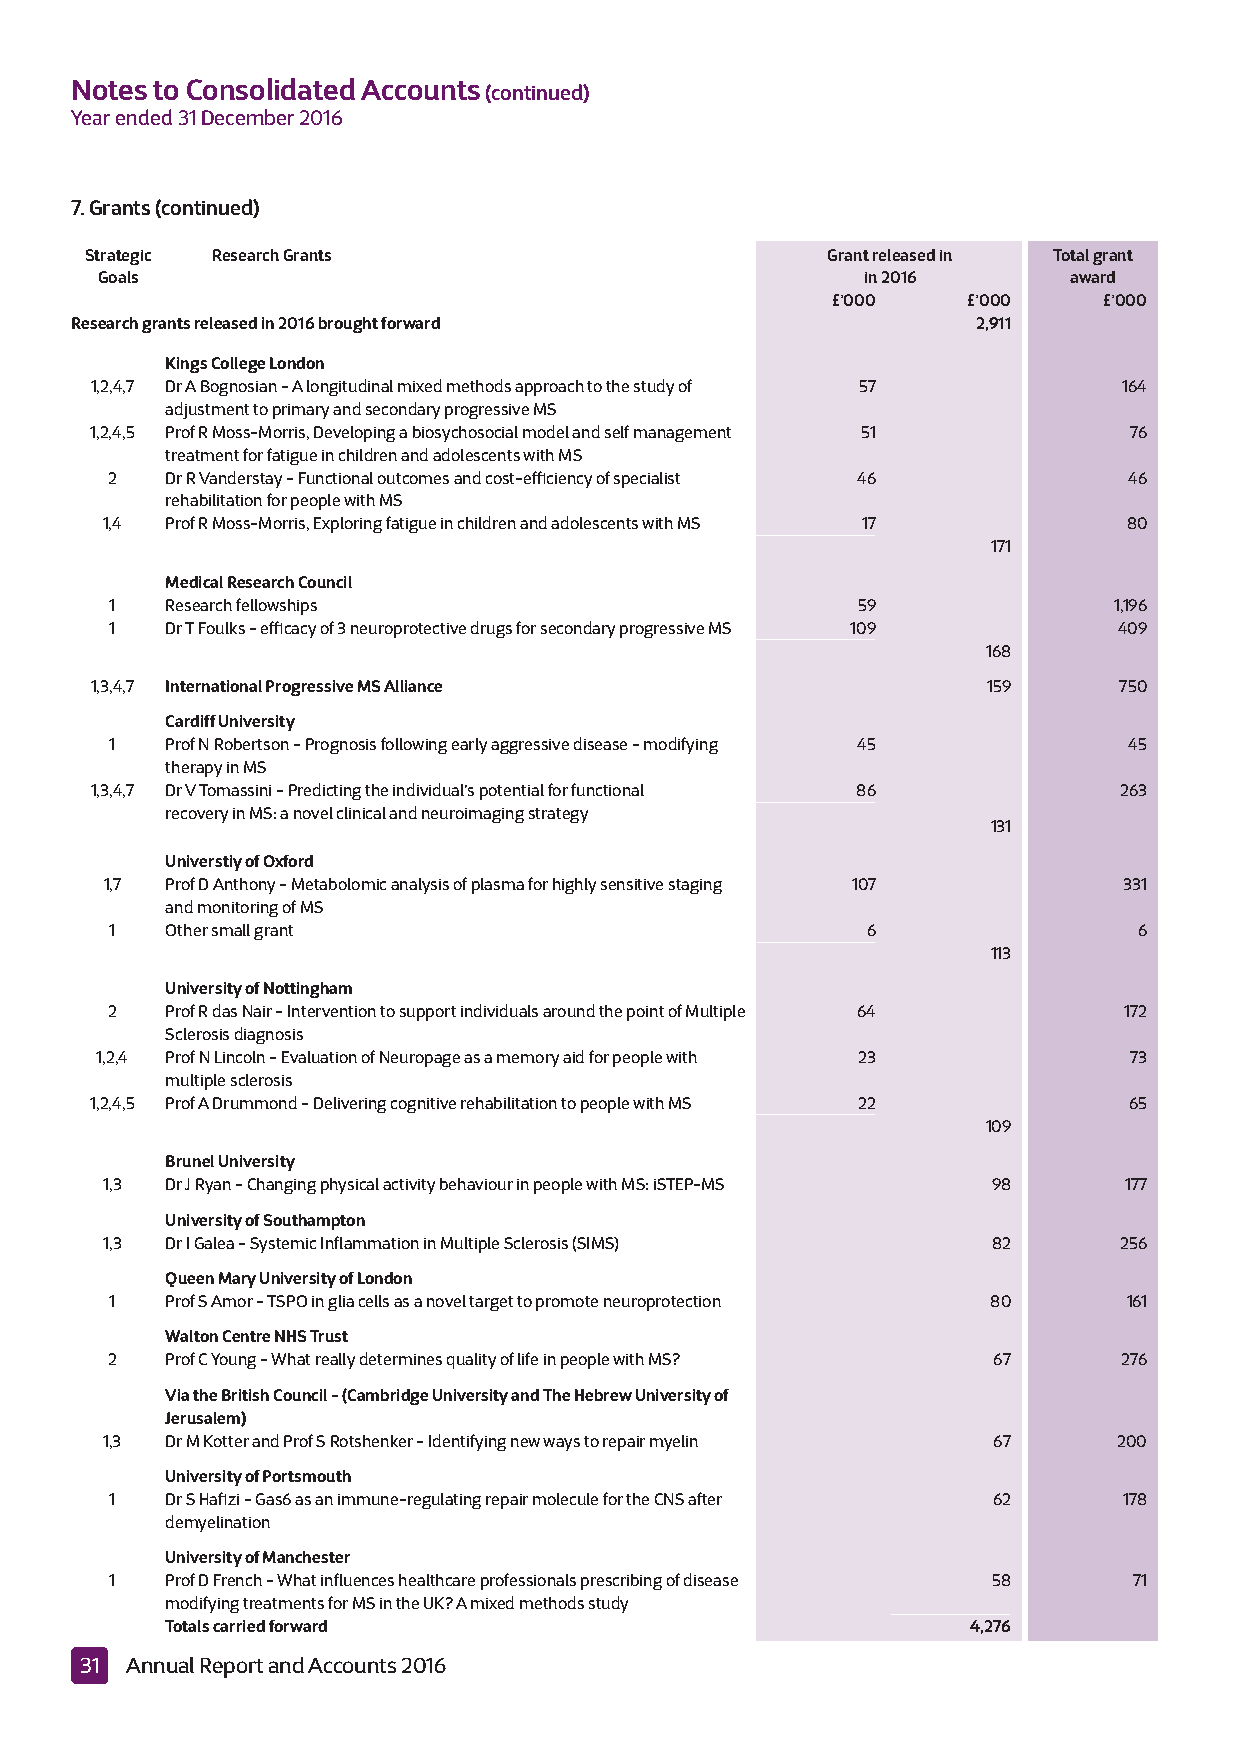
Notes to Consolidated Accounts(continued)
 Year ended 31 December 2016
 7. Grants (continued)
 Strategic Research Grants                        Grant released in Total grant
 Goals                                              in 2016       award
 £’000    £’000    £’000
 Research grants released in 2016 brought forward            2,911
 Kings College London
 1,2,4,7 Dr A Bognosian - A longitudinal mixed methods approach to the study of 57 164
 adjustment to primary and secondary progressive MS
 1,2,4,5 Prof R Moss-Morris, Developing a biosychosocial model and self management 51 76
 treatment for fatigue in children and adolescents with MS
 2   Dr R Vanderstay - Functional outcomes and cost-efficiency of specialist 46 46
 rehabilitation for people with MS
 1,4 Prof R Moss-Morris, Exploring fatigue in children and adolescents with MS 17 80
 171
 Medical Research Council
 1   Research fellowships                          59               1,196
 1   Dr T Foulks - efficacy of 3 neuroprotective drugs for secondary progressive MS 109 409
 168
 1,3,4,7 International Progressive MS Alliance              159      750
 Cardiff University
 1   Prof N Robertson - Prognosis following early aggressive disease - modifying 45 45
 therapy in MS
 1,3,4,7 Dr V Tomassini - Predicting the individual’s potential for functional 86 263
 recovery in MS: a novel clinical and neuroimaging strategy
 131
 Universtiy of Oxford
 1,7 Prof D Anthony - Metabolomic analysis of plasma for highly sensitive staging 107 331
 and monitoring of MS
 1   Other small grant                             6                 6
 113
 University of Nottingham
 2   Prof R das Nair - Intervention to support individuals around the point of Multiple 64 172
 Sclerosis diagnosis
 1,2,4 Prof N Lincoln - Evaluation of Neuropage as a memory aid for people with 23 73
 multiple sclerosis
 1,2,4,5 Prof A Drummond - Delivering cognitive rehabilitation to people with MS 22 65
 109
 Brunel University
 1,3 Dr J Ryan - Changing physical activity behaviour in people with MS: iSTEP-MS 98 177
 University of Southampton
 1,3 Dr I Galea - Systemic Inflammation in Multiple Sclerosis (SIMS) 82 256
 Queen Mary University of London
 1   Prof S Amor - TSPO in glia cells as a novel target to promote neuroprotection 80 161
 Walton Centre NHS Trust
 2   Prof C Young - What really determines quality of life in people with MS? 67 276
 Via the British Council - (Cambridge University and The Hebrew University of
 Jerusalem)
 1,3 Dr M Kotter and Prof S Rotshenker - Identifying new ways to repair myelin 67 200
 University of Portsmouth
 1   Dr S Hafizi - Gas6 as an immune-regulating repair molecule for the CNS after 62 178
 demyelination
 University of Manchester
 1   Prof D French - What influences healthcare professionals prescribing of disease 58 71
 modifying treatments for MS in the UK? A mixed methods study
 Totals carried forward                               4,276
 31 Annual Report and Accounts 2016